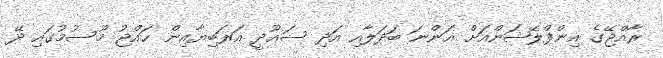
ރާއްޖޭގެ އިންފްލޭޝަންއަށް އަންނަ ބަދަލާއި އަދި ސަޢޫދީ އަރަބިޔާއިން ޙައްޖު މޫސުމުގައި ދޭ